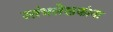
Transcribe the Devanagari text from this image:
स्तंभलेखकांना